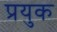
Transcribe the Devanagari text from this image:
प्रयुक